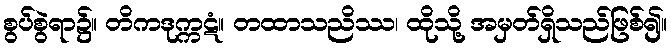
စွပ်စွဲရာ၌။ တိကဒုက္ကဋံ။ တထာသညိဿ၊ ထိုသို့ အမှတ်ရှိသည်ဖြစ်၍။